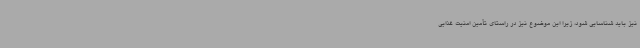
نیز باید شناسایی شود، زیرا این موضوع نیز در راستای تأمین امنیت غذایی